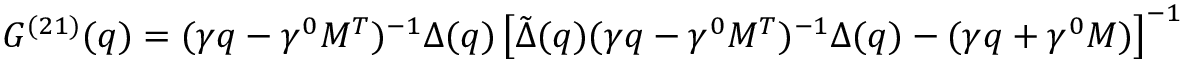
G ^ { ( 2 1 ) } ( q ) = ( \gamma q - \gamma ^ { 0 } { \cal M } ^ { T } ) ^ { - 1 } \Delta ( q ) \left[ { \tilde { \Delta } } ( q ) ( \gamma q - \gamma ^ { 0 } { \cal M } ^ { T } ) ^ { - 1 } \Delta ( q ) - ( \gamma q + \gamma ^ { 0 } { \cal M } ) \right] ^ { - 1 }